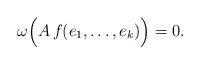
LaTeX: \begin{align*}\omega\Bigl(A\, f(e_1,\dots,e_k)\Bigr)=0.\end{align*}